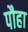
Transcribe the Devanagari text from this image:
पौहा